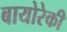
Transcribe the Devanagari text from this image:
बायोरेकी